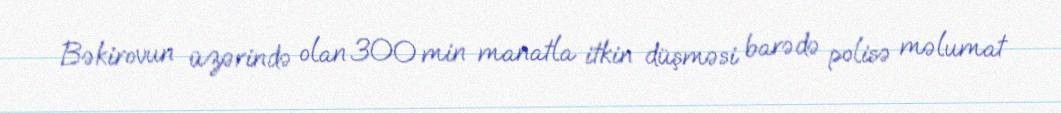
Bəkirovun üzərində olan 300 min manatla itkin düşməsi barədə polisə məlumat